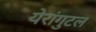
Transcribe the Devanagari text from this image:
येरांगुटल